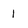
Character: 1